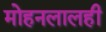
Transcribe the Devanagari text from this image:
मोहनलालही